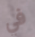
في